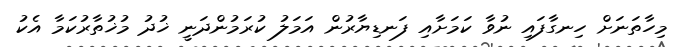
މިހާތަނަށް ހިނގާފައި ނުވާ ކަމަށާއި ފަނޑިޔާރުން އަމަލު ކުރަމުންދަނީ ޚުދު މުޚުތާރުކަމާ އެކު